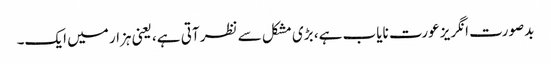
بدصورت انگریز عورت نایاب ہے، بڑی مشکل سے نظر آتی ہے، یعنی ہزار میں ایک۔